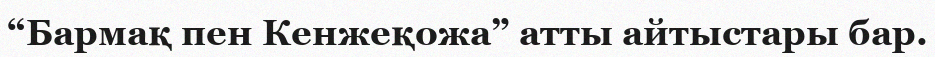
“Бармақ пен Кенжеқожа” атты айтыстары бар.